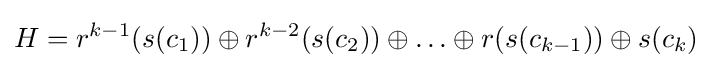
H=r^{k-1}(s(c_{1}))\oplus r^{k-2}(s(c_{2}))\oplus \ldots \oplus r(s(c_{k-1}))\oplus s(c_{k})